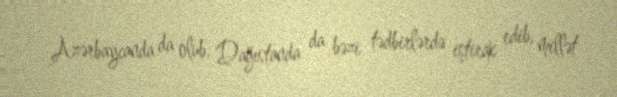
Azərbaycanda da olub, Dağıstanda da bəzi tədbirlərdə iştirak edib, millət